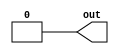
module top_module (
    output out);
  	supply0 GND;
    assign out = GND;
endmodule